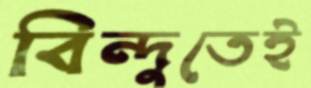
বিন্দুতেই